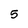
Character: 5